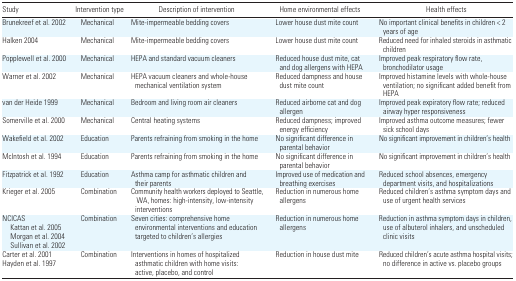
<table><thead><tr><td><b>Study</b></td><td><b>Intervention type</b></td><td><b>Description of intervention</b></td><td><b>Home environmental effects</b></td><td><b>Health effects</b></td></tr></thead><tbody><tr><td>Brunekreef et al. 2002</td><td>Mechanical</td><td>Mite-impermeable bedding covers</td><td>Lower house dust mite count</td><td>No important clinical benefits in children &lt; 2 years of age</td></tr><tr><td>Halken 2004</td><td>Mechanical</td><td>Mite-impermeable bedding covers</td><td>Lower house dust mite count</td><td>Reduced need for inhaled steroids in asthmatic children</td></tr><tr><td>Popplewell et al. 2000</td><td>Mechanical</td><td>HEPA and standard vacuum cleaners</td><td>Reduced house dust mite, cat and dog allergens with HEPA</td><td>Improved peak respiratory flow rate, bronchodilator usage</td></tr><tr><td>Warner et al. 2002</td><td>Mechanical</td><td>HEPA vacuum cleaners and whole-house mechanical ventilation system</td><td>Reduced dampness and house dust mite count</td><td>Improved histamine levels with whole-house ventilation; no significant added benefit from HEPA</td></tr><tr><td>van der Heide 1999</td><td>Mechanical</td><td>Bedroom and living room air cleaners</td><td>Reduced airborne cat and dog allergen</td><td>Improved peak expiratory flow rate; reduced airway hyper responsiveness</td></tr><tr><td>Somerville et al. 2000</td><td>Mechanical</td><td>Central heating systems</td><td>Reduced dampness; improved energy efficiency</td><td>Improved asthma outcome measures; fewer sick school days</td></tr><tr><td>Wakefield et al. 2002</td><td>Education</td><td>Parents refraining from smoking in the home</td><td>No significant difference in parental behavior</td><td>No significant improvement in children’s health</td></tr><tr><td>McIntosh et al. 1994</td><td>Education</td><td>Parents refraining from smoking in the home</td><td>No significant difference in parental behavior</td><td>No significant improvement in children’s health</td></tr><tr><td>Fitzpatrick et al. 1992</td><td>Education</td><td>Asthma camp for asthmatic children and their parents</td><td>Improved use of medication and breathing exercises</td><td>Reduced school absences, emergency department visits, and hospitalizations</td></tr><tr><td>Krieger et al. 2005</td><td>Combination</td><td>Community health workers deployed to Seattle, WA, homes: high-intensity, low-intensity interventions</td><td>Reduction in numerous home allergens</td><td>Reduced children’s asthma symptom days and use of urgent health services</td></tr><tr><td>NCICAS Kattan et al. 2005 Morgan et al. 2004 Sullivan et al. 2002</td><td>Combination</td><td>Seven cities: comprehensive home environmental interventions and education targeted to children’s allergies</td><td>Reduction in numerous home allergens</td><td>Reduction in asthma symptom days in children, use of albuterol inhalers, and unscheduled clinic visits</td></tr><tr><td>Carter et al. 2001Hayden et al. 1997</td><td>Combination</td><td>Interventions in homes of hospitalized asthmatic children with home visits: active, placebo, and control</td><td>Reduction in house dust mite</td><td>Reduced children’s acute asthma hospital visits; no difference in active vs. placebo groups</td></tr></tbody></table>